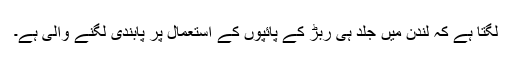
لگتا ہے کہ لندن میں جلد ہی ربڑ کے پائپوں کے استعمال پر پابندی لگنے والی ہے۔